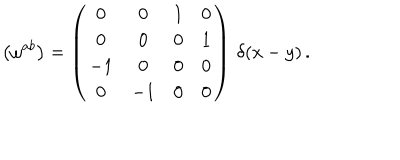
LaTeX: \bigl ( \omega ^ { a b } \bigr ) = \left( \begin{array} { c c c c } { { 0 } } & { { 0 } } & { { 1 } } & { { 0 } } \\ { { 0 } } & { { 0 } } & { { 0 } } & { { 1 } } \\ { { - 1 } } & { { 0 } } & { { 0 } } & { { 0 } } \\ { { 0 } } & { { - 1 } } & { { 0 } } & { { 0 } } \\ \end{array} \right) \, \delta ( x - y ) \, .